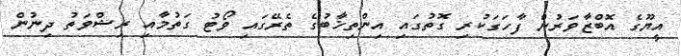
އީޔޫގެ އޮބްޒާވަރުން ފާހަގަކުރި ގޮތުގައި އިންތިޚާބުގެ ތެރޭގައި ވޯޓު ގަތުމާއި ރިޝްވަތު ދިނުން